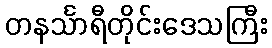
တနင်္သာရီတိုင်းဒေသကြီး